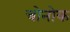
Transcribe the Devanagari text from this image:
चोनोक